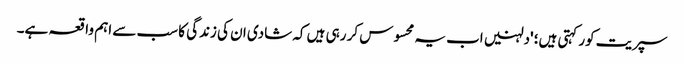
سپریت کور کہتی ہیں؛ 'دلہنیں اب یہ محسوس کر رہی ہیں کہ شادی ان کی زندگی کا سب سے اہم واقعہ ہے۔